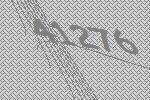
41276